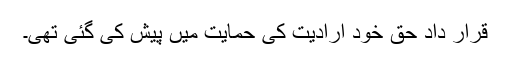
قرار داد حق خود ارادیت کی حمایت میں پیش کی گئی تھی۔